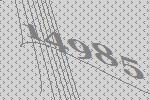
14985